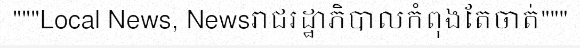
"""Local News, Newsរាជរដ្ឋាភិបាលកំពុងតែចាត់"""